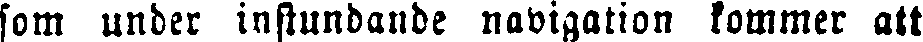
som under instundande navigation kommer att